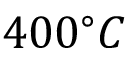
4 0 0 ^ { \circ } C